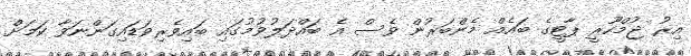
އިރު ޖުމްހޫރީ ޕާޓީގެ ބައެއް މެންބަރުން ވެސް އެ ބައްދަލުވުމުގައި ބައިވެރިވަޑައިގަންނަވާ ކަމަށް